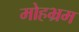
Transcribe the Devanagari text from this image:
मोहभ्रम